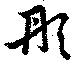
彤